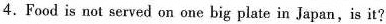
4.Food is not served on one big plate in Japan,is it?